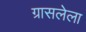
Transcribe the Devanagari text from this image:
ग्रासलेला